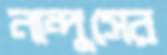
নান্দুসের